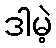
ဒါမဲ့